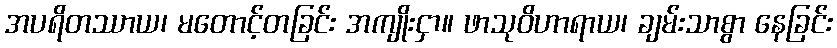
အပရိတဿာယ၊ မတောင့်တခြင်း အကျိုးငှာ။ ဖာသုဝိဟာရာယ၊ ချမ်းသာစွာ နေခြင်း